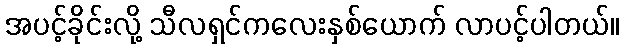
အပင့်ခိုင်းလို့ သီလရှင်ကလေးနှစ်ယောက် လာပင့်ပါတယ်။